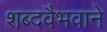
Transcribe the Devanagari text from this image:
शब्दवैभवाने